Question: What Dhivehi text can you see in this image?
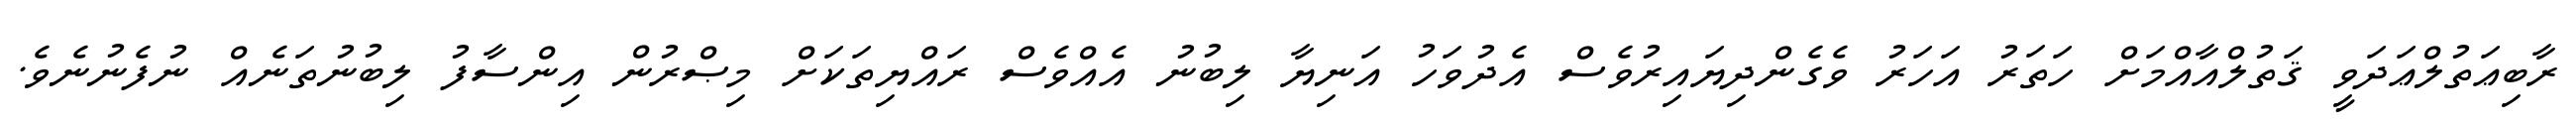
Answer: ރާބިޢަތުލްޢަދަވީ ޤަތުލްއާއްމަށް ހަތަރު އަހަރު ވެގެންދިޔައިރުވެސް އެދުވަހު އަނިޔާ ލިބުނު އެއްވެސް ރައްޔިތަކަށް މިޞްރުން އިންސާފު ލިބުނުތަނެއް ނުފެނުނެވެ.